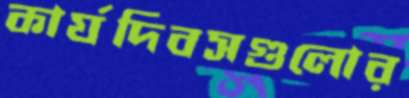
কার্যদিবসগুলোর